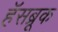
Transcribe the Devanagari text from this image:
हॅसब्रूक